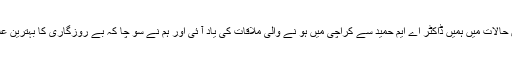
بے روزگاری کا جادو سر چڑھ کر بول رہا تھا اس پر یشان کن حالات میں ہمیں ڈاکٹر اے ایم حمید سے کراچی میں ہو نے والی ملاقات کی یاد آ ئی اور ہم نے سو چا کہ بے روزگاری کا بہترین علاج ہو میو پیتھک کالج کا قیام ہے کیوں نہ یہ تجربہ کیا جائے ۔